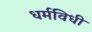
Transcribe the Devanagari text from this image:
धर्मविधी